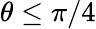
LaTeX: \theta\le\pi/4